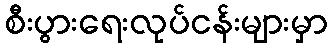
စီးပွားရေးလုပ်ငန်းများမှာ